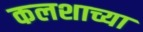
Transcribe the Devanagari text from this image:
कलशाच्या